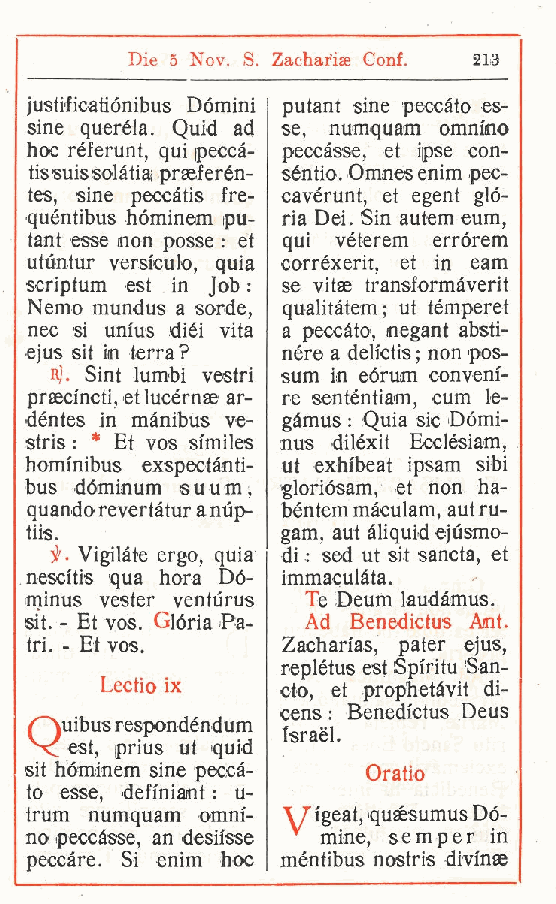
Die 5 Nov. S. Zaehar'ise Conf. 213
 justifioatiónibus Dòmini putant sine peccato es-
 sine querèla. Quid ad se, numquam omnino
 hoc réferunt qui peccà- peccasse, et ipse con-
 ,
 tissuissolatiaj praeferén- séntio. Omnes enim pec-
 tes, sine peccétis fre- cavérunt, et egent glò-
 quéntibus hòminem pu- ria Dei. Sin autem eum,
 tant esse non posse : et qui véterem errórem
 utuntur versiculo quia corréxerit, et in eam
 ,
 scriptum est in Job : se vitae transformàverit
 Nemo mundus a sorde, qualitàtem; ut témperet
 nec si unius diéi vita a peccato, negant absti-
 ejus sit in terra? nére a delfctis ; non pos-
 R). Sint lumbi vestri sum in eórum conveni-
 praecincti, et lucérnae ar- re senténtiam, cum le-
 déntes in mànibus ve- gàmus : Quia sic Dómi-
 stris : * Et vos sfmiles nus diléxit Ecclesiam,
 hominibus exspectànti- ut exhibeat ipsam sibi
 bus dòminum s u u m , gloriósam, et non ha-
 quando revertàtur a nup- béntem màculam, aut ru-
 tiis.            gam, aut àliquid ejùsmo-
 jr. Vigilate ergo, quia di ; sed ut sit sancta, et
 nescftis qua bora Dò- immaculàta.
 minus vester venturus Te Deum laudàmus.
 sit. - Et vos. Glòria Pa- Ad Benedictus Ant.
 tri. - Et vos.   Zachan'as, pater ejus,
 replétus est Spiri tu San-
 Lectio ix   cto, et prophetàvit di-
 cens : Benedictus Deus
 "" uibus respondéndum
 X                Israel.
 est, prius ut quid
 ;
 sit bòminem sine pecca- Oratio
 to esse, defi'niant : u-
 trum numquam omni- VT igeai, quésumus Dò-
 no peccasse an desiìsse mine, semper in
 ,
 peccare. Si enim hoc méntibus nostris divinae